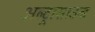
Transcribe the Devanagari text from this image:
अल्ट्रासाउन्ड